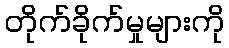
တိုက်ခိုက်မှုများကို